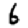
Digit: 6